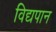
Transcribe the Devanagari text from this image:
विद्यपान